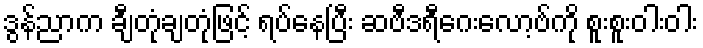
ဒွန်ညာက ချီတုံချတုံဖြင့် ရပ်နေပြီး ဆဗီဒရီဂေးလော့ဗ်ကို စူးစူးဝါးဝါး